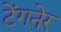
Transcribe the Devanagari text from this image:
टेंगनेर